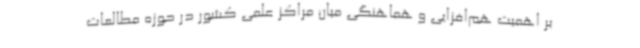
بر اهمیت هم‌افزایی و هماهنگی میان مراکز علمی کشور در حوزه مطالعات